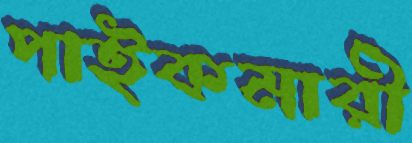
পাইকমারী